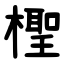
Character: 檉